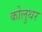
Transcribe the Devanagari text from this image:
कोलुथर